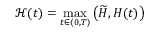
\mathcal { H } ( t ) = \displaystyle \operatorname* { m a x } _ { t \in \langle 0 , T \rangle } \left( \widetilde { H } , H ( t ) \right)